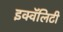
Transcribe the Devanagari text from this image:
इक्वॅलिटी